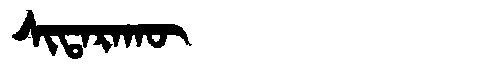
Manchu: ᠰᡳᡨᠠᡵᠠᡴᡡ
Romanization: SITARAKŪ